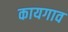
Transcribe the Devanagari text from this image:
कायगाव